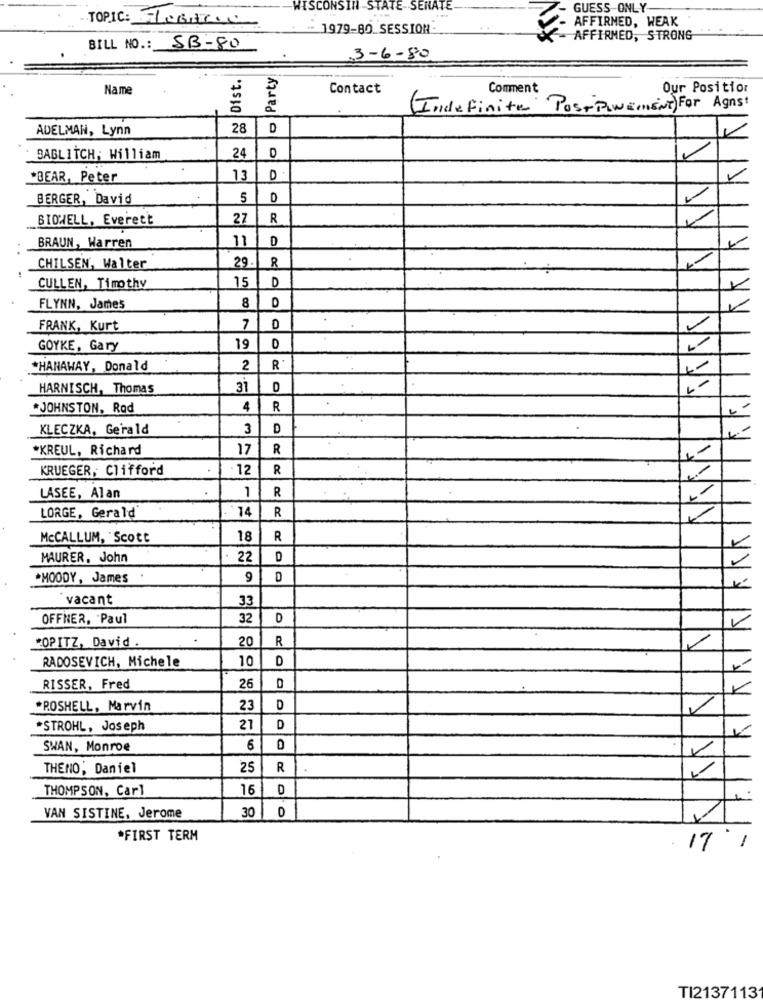
WISCONSIN STATE SENATE
GUESS-ONLY
TOPIC: HORARIO
AFFIRMED, WEAK
.- 1979-80 SESSION
- AFFIRMED, STRONG
BILL NO .: SB-80
3-6-80
& Dist.
Party
Name
Contact
Comment
Our Positior
(Indefinite PostPLEMENT)For Agnst
ADELMAN, Lynn
D
D
· BAGLITCH; William
24
*BEAR, Peter
13
BERGER, David
5
D
BIDWELL, Everett
27
R
11
D
BRAUN, Warren
29
R
CHILSEN, Walter
15
D
CULLEN, Timothy
D
FLYNN, James
8
FRANK, Kurt
7
D
GOYKE, Gary
19
D
*HANAWAY, Donald
2
R
HARNISCH, Thomas
31
D
*JOHNSTON, Rod
4
R
KLECZKA, Gerald
3
D
*KREUL, Richard
17
R
KRUEGER, Clifford
12
R
1
R
LASEE, Alan
14
R
LORGE, Gerald
McCALLUM, Scott
18
R
MAURER. John
22
D
*MOODY, James
9
D
vacant
33
OFFHER, 'Paul
32
*OPITZ, David .
.
20
R
RADOSEVICH, Michele
10
D
D
RISSER, Fred
26
*ROSHELL, Marvin
23
D
*STROHL, Joseph
21
D
SWAN, Monroe
6
D
THENO, Daniel
25
R
THOMPSON, Carl
16
D
0
VAN SISTINE, Jerome
30
*FIRST TERM
17 /
TI2137113